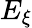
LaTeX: E_{\xi}